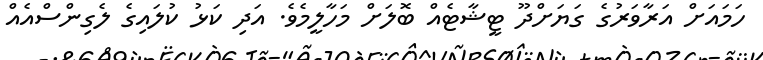
ހަމައަށް އަރާވަރުގެ ގަޔަށްދޫ ޓީޝާޓެއް ބޮލަށް މަހާލީމެވެ. އަދި ކަޅު ކުލައިގެ ލެގިންސްއެއް